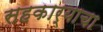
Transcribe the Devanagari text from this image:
सहकार्‍याचा